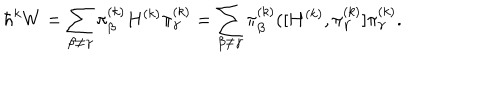
\hbar ^ { k } W = \sum _ { \beta \not = \gamma } \pi _ { \beta } ^ { ( k ) } H ^ { ( k ) } \pi _ { \gamma } ^ { ( k ) } = \sum _ { \beta \not = \gamma } \pi _ { \beta } ^ { ( k ) } ( [ H ^ { ( k ) } , \pi _ { \gamma } ^ { ( k ) } ] \pi _ { \gamma } ^ { ( k ) } .